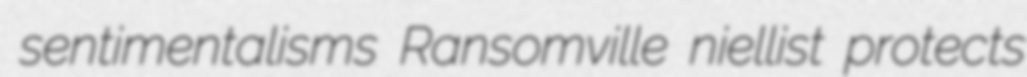
sentimentalisms Ransomville niellist protects